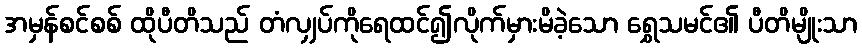
အမှန်စင်စစ် ထိုပီတိသည် တံလျှပ်ကိုရေထင်၍လိုက်မှားမိခဲ့သော ရွှေသမင်၏ ပီတိမျိုးသာ